Annual report of the Prince of Wales Medical College, Patna
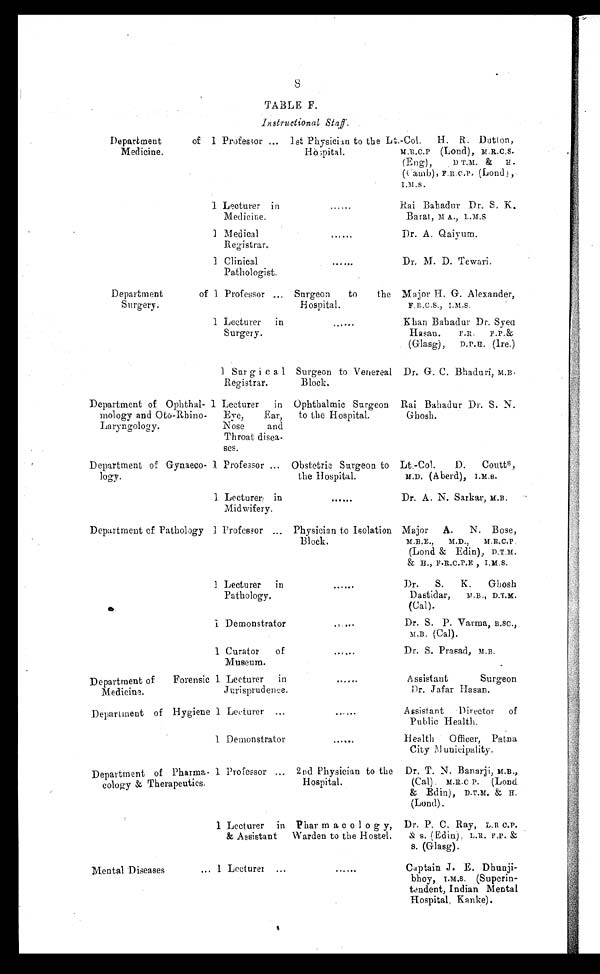
8 8 TABLE F.
Instructional Staff .
Department of
Medicine.
1 Professor ... 1st Physician to the
Hospital.
Lt.-Col. H. R. Dutton,
M.R.C.P. (Lond), M.R.C.S.
(Eng), D T.M. & H.
(Camb), F.R.C.P. (Lond),
I.M.S.
1 Lecturer in
Medicine.
......
Rai Bahadur Dr. S. K.
Barat, M A., L.M.S
1 Medical
Registrar.
. . . . . .
Dr. A. Qaiyum.
1 Clinical
Pathologist.
. . . . . .
Dr. M. D. Tewari.
Department of
Surgery.
1 Professor ... Surgeon to the
Hospital.
Major H. G. Alexander,
F.R.C.S., I.M.S.
1 Lecturer in
Surgery.
.... ..
K h a n B a h a d u r D r . S y e d
Hasan. F.R. F.P. &
(Glasg), D.P.H. (lre.)
1 Surgica1
Registrar.
Surgeon to Venereal
Block.
Dr. G. C. Bhaduri, M.B.
Department of Ophthal-
mology and Oto-Rhino-
Laryngology.
1 Lecturer in
Eye, Ear,
Nose and
Throat disea-
ses.
Ophthalmic Surgeon
to the Hospital.
Rai Bahadur Dr. S. N.
Ghosh.
Department of Gynaeco-
logy.
1 Professor ... Obstetric Surgeon to
the Hospital.
Lt.-Col. D. Coutts,
M.D. ( Aberd), I.M.S.
1 Lecturer in
Midwifery.
. . . . . .
D r . A . N . S a r k a r , M . B .
Department of Pathology 1 Professor ... Physician to Isolation
Block.
Major A. N. Bose,
M.B.E., M.D., M.R.C.P.
(Lond & Edin), D.T.M.
& H., F.R.C.P.E , I.M.S.
1 Lecturer in
Pathology.
......
Dr. S. K. Ghosh
Dastidar, M.B., D.T.M.
(Cal).
1 Demonstrator
. . . . . .
Dr. S. P. Varma, B.SC.,
M.B. (Cal).
1 Curator of
Museum.
......
Dr. S. Prasad, M.B.
Department of Forensic
Medicine.
1 Lecturer in
Jurisprudence.
......
Assistant Surgeon
Dr. Jafar Hasan.
Department of Hygiene 1 Lecturer ...
......
Assistant Director of
Public Health.
1 Demonstrator
. . . . . .
Health Officer, Patna
City Municipality.
Department of Pharma-
cology & Therapeutics.
1 Professor ... 2nd Physician to the
Hospital.
Dr. T. N. Banarji, M.B.,
(Cal). M.R.C.P. (Lond.
& Edin) , D.T.M. & H.
(Lond) .
1 Lecturer in
& Assistant
Pharmaco1ogy,
Warden to the Hostel.
Dr. P. C. Ray, L.R C.P.
& S. (Edin), L.R. F.P. &
S. (Glasg).
Mental Diseases ... 1 Lecturer ...
.....
Captain J. E. Dhunji-
bhoy, I.M.S. (Superin-
tendent, Indian Mental
Hospital, Kanke).